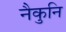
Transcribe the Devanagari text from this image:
नैकुनि